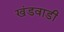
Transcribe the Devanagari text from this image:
खंडवाडी